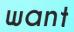
want